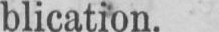
blication.